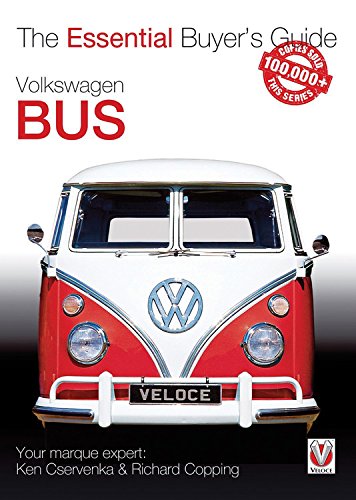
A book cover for Volkswagen Bus: The Essential Buyer's Guide; Richard Copping; Engineering & Transportation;